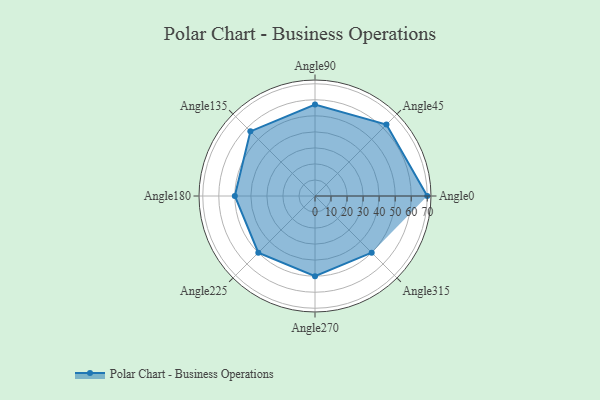
{"axis": {"x": "Angle", "y": "Radius"}, "legend": [""], "data": [{"x": "Angle0", "y": 70.0, "type": ""}, {"x": "Angle45", "y": 63.0, "type": ""}, {"x": "Angle90", "y": 57.0, "type": ""}, {"x": "Angle135", "y": 57.0, "type": ""}, {"x": "Angle180", "y": 50.0, "type": ""}, {"x": "Angle225", "y": 50, "type": ""}, {"x": "Angle270", "y": 50, "type": ""}, {"x": "Angle315", "y": 50, "type": ""}]}